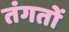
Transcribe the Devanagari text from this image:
तंगतों